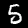
Label: 5